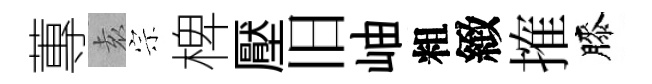
蓴𡊮宗椑壓旧岫粗緻搉膝